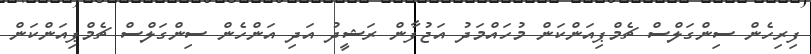
ފިރިހެން ސިންގަލްސް ޗެމްޕިއަންކަން މުހައްމަދު އަޖުފާން ރަޝީދު އަދި އަންހެން ސިންގަލްސް ޗެމްޕިއަންކަން